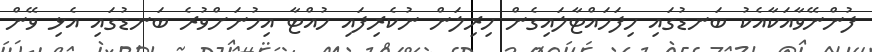
ފުންނޭވާއަކާއެކު ބަނޑުގައި ހިފަހައްޓާލައިގެން ހިރިލަން ނުކެރިފައި ހުއްޓާ އިހުނަށްވުރެ ބަނޑުގައި އެޅި ވޭން